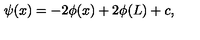
\psi ( x ) = - 2 \phi ( x ) + 2 \phi ( L ) + c ,